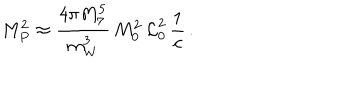
LaTeX: M _ { P } ^ { 2 } \approx \frac { 4 \pi M _ { 7 } ^ { 5 } } { m _ { W } ^ { 3 } } \, M _ { 0 } ^ { 2 } \, \mathcal { L } _ { 0 } ^ { 2 } \, \frac { 1 } { c } \, .